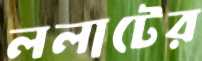
ললাটের